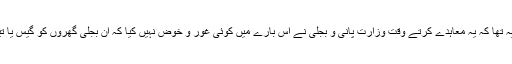
شوکت ترین کا تیسرا اعتراض یہ تھا کہ یہ معاہدے کرتے وقت وزارت پانی و بجلی نے اس بارے میں کوئی غور و خوض نہیں کیا کہ ان بجلی گھروں کو گیس یا تیل کہاں سے فراہم کیا جائے گا۔